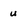
Character: u